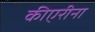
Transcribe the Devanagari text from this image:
कीएरीना